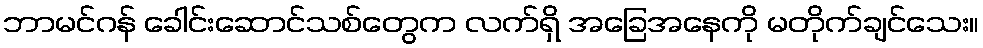
ဘာမင်ဂန် ခေါင်းဆောင်သစ်တွေက လက်ရှိ အခြေအနေကို မတိုက်ချင်သေး။